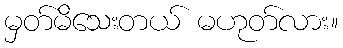
မှတ်မိသေးတယ် မဟုတ်လား။